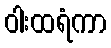
ဝါးထရံကာ